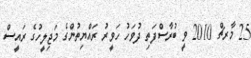
25 މާރޗް 2010 ވީ ބުރާސްފަތި ދުވަހު ހަވީރު ރައްޔިތުންގެ މަޖިލީހުގެ ރައީސް